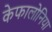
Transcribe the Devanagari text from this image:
केफालोनिया